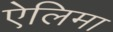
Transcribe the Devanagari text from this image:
ऐलिमा